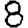
Digit: 8